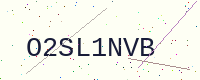
Text: O2SL1NVB